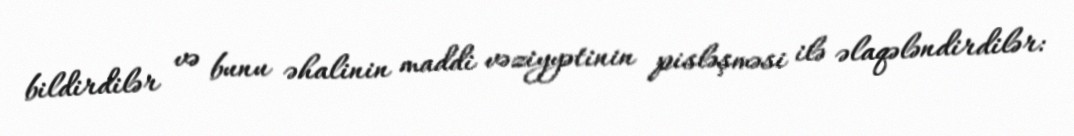
bildirdilər və bunu əhalinin maddi vəziyyətinin pisləşməsi ilə əlaqələndirdilər: